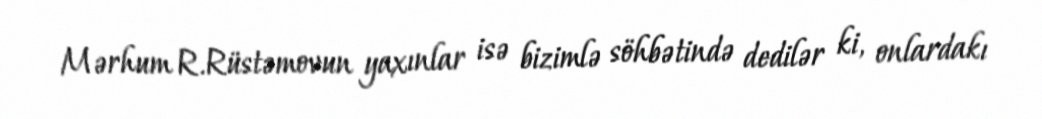
Mərhum R.Rüstəmovun yaxınlar isə bizimlə söhbətində dedilər ki, onlardakı